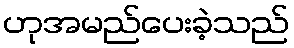
ဟုအမည်ပေးခဲ့သည်